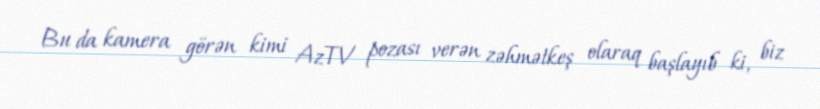
Bu da kamera görən kimi AzTV pozası verən zəhmətkeş olaraq başlayıb ki, biz